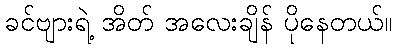
ခင်ဗျားရဲ့ အိတ် အလေးချိန် ပိုနေတယ်။